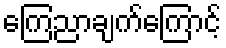
ကြေညာချက်ကြောင့်